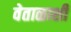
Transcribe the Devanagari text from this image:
वेताळाशी